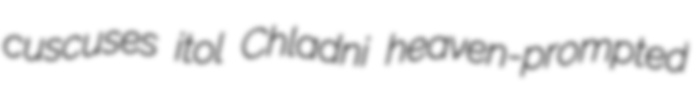
cuscuses itol Chladni heaven-prompted